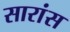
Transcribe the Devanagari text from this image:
सारांस